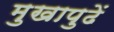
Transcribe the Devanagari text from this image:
मुखापुढें